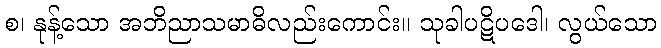
စ၊ နုန့်သော အဘိညာသမာဓိလည်းကောင်း။ သုခါပဋိပဒေါ၊ လွယ်သော